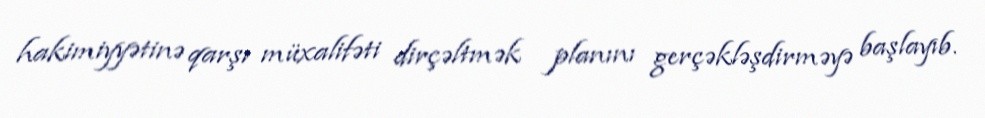
hakimiyyətinə qarşı müxalifəti dirçəltmək planını gerçəkləşdirməyə başlayıb.